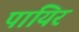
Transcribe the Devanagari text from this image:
पायिर